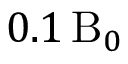
0 . 1 \, \mathrm { B } _ { 0 }